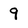
Character: 9